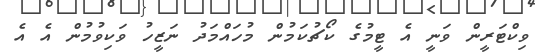
ވިކްޓަރީން ވަނީ އެ ޓީމުގެ ކޯޗުކަމުން މުހައްމަދު ނަޒީހު ވަކިވުމުން އެ އެ